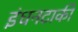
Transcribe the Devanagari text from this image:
इंधनटाकी